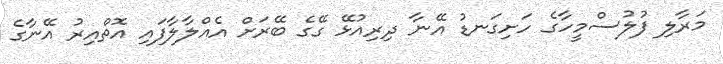
މަރާލި ފުލުސްމީހާގެ ހަށިގަނޑު އޭނާ ދިރިއުޅޭ ގޭގެ ބޭރަށް އެއްލާލާފައި އޮތްއިރު އޭނާގެ